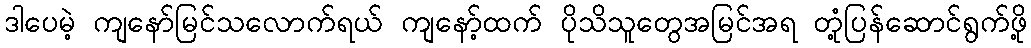
ဒါပေမဲ့ ကျနော်မြင်သလောက်ရယ် ကျနော့်ထက် ပိုသိသူတွေအမြင်အရ တုံ့ပြန်ဆောင်ရွက်ဖို့